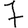
Digit: 7